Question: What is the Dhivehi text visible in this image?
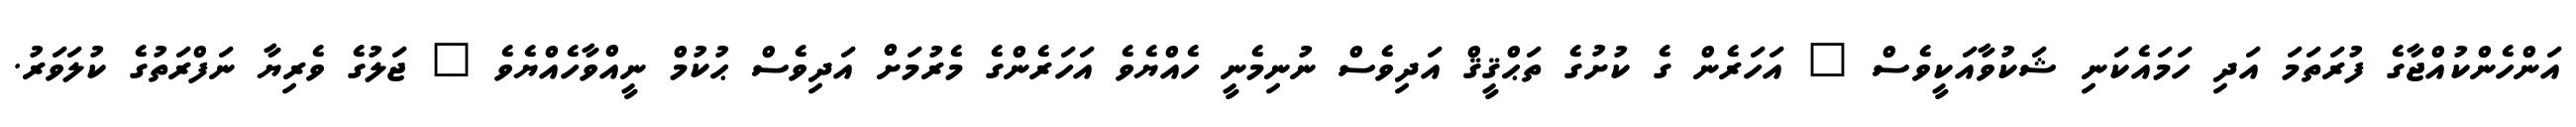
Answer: އަންހެންކުއްޖާގެ ފުރަތަމަ އަދި ހަމައެކަނި ޝަކުވާއަކީވެސް " އަހަރެން ގެ ކުށުގެ ތަޙްޤީޤް އަދިވެސް ނުނިމެނީ ހެއްޔެވެ އަހަރެންގެ މެރުމަށް އަދިވެސް ޙުކުމް ނީއްވާހެއްޔެވެ " ޖަލުގެ ވެރިޔާ ނަފްރަތުގެ ކުލަވަރު.